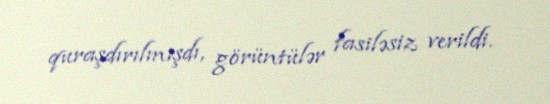
quraşdırılmışdı, görüntülər fasiləsiz verildi.